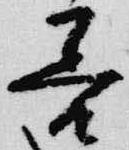
善